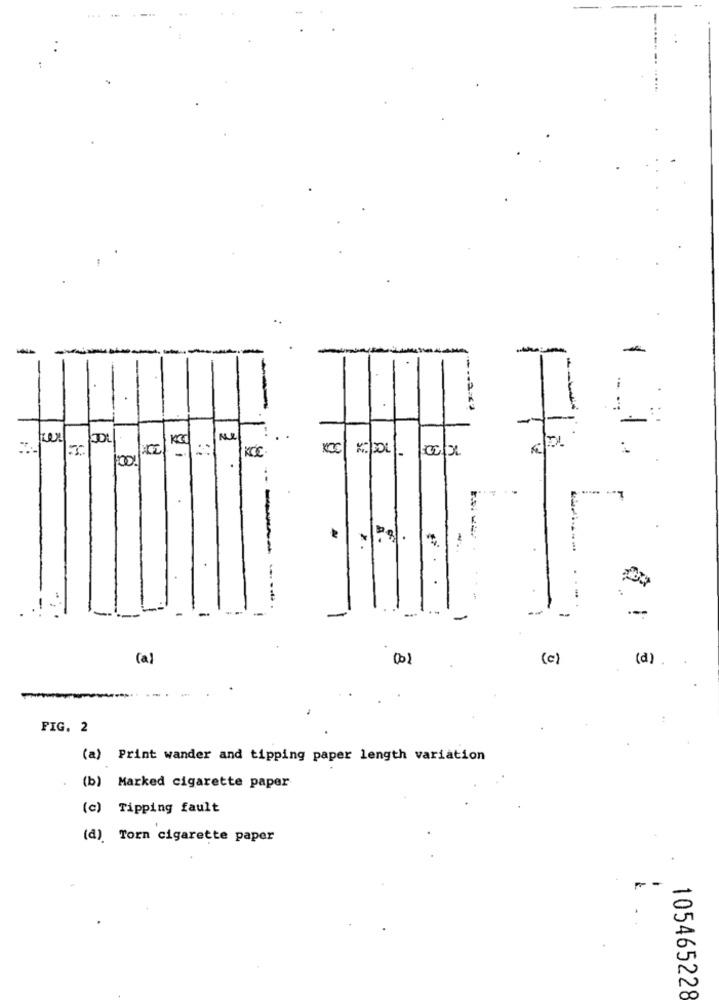
-
A
KOC .
100
A -
.
-
. .
-
(a)
(c)
(a) .
:
FIG. 2
(a) Print wander and tipping paper length variation
(b) Marked cigarette paper
(c) Tipping fault
(d) Torn cigarette paper
105465228